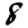
Digit: 8